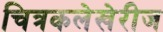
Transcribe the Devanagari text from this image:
चित्रकलेखेरीज